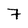
Character: 7